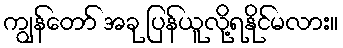
ကျွန်တော် အခု ပြန်ယူလို့ရနိုင်မလား။